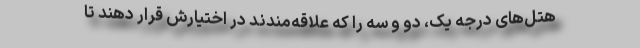
هتل‌های درجه یک، دو و سه را که علاقه‌مندند در اختیارش قرار دهند تا